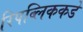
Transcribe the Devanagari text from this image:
रिपब्लिककडे